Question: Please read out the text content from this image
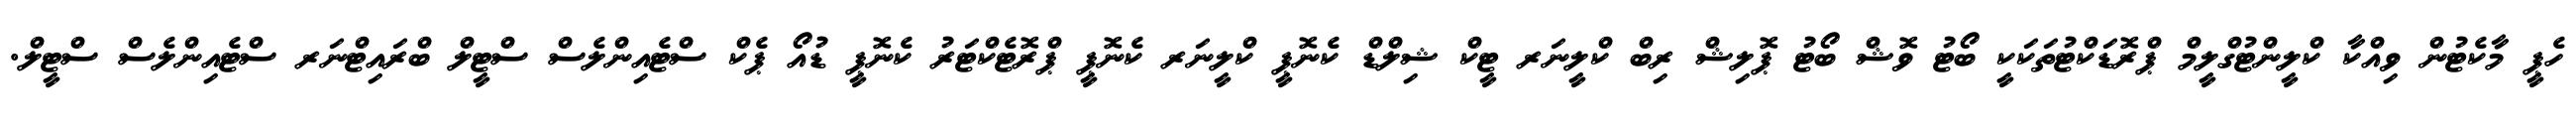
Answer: ހެޕީ މާކެޓުން ވިއްކާ ކްލީންޓުގްލީމް ޕްރޮޑަކްޓުތަކަކީ ބޯޓު ވޮޝް ބޯޓު ޕޮލިޝް ރިބް ކްލީނަރ ޓީކް ޝިލްޑް ކެނޮޕީ ކްލީނަރ ކެނޮޕީ ޕްރޮޓެކްޓަރު ކެނޮޕީ ޑުއޯ ޕެކް ސްޓެއިންލެސް ސްޓީލް ބްރައިޓްނަރ ސްޓެއިންލެސް ސްޓީލް.